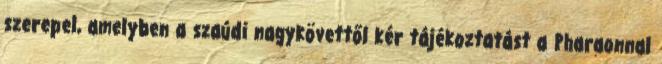
szerepel, amelyben a szaúdi nagykövettől kér tájékoztatást a Pharaonnal